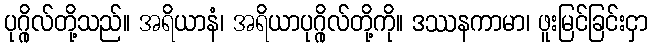
ပုဂ္ဂိုလ်တို့သည်။ အရိယာနံ၊ အရိယာပုဂ္ဂိုလ်တို့ကို။ ဒဿနကာမာ၊ ဖူးမြင်ခြင်းငှာ